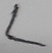
Text: L